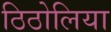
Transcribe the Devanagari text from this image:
ठिठोलिया